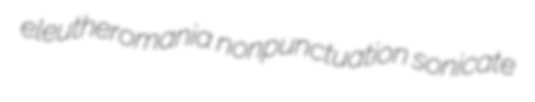
eleutheromania nonpunctuation sonicate